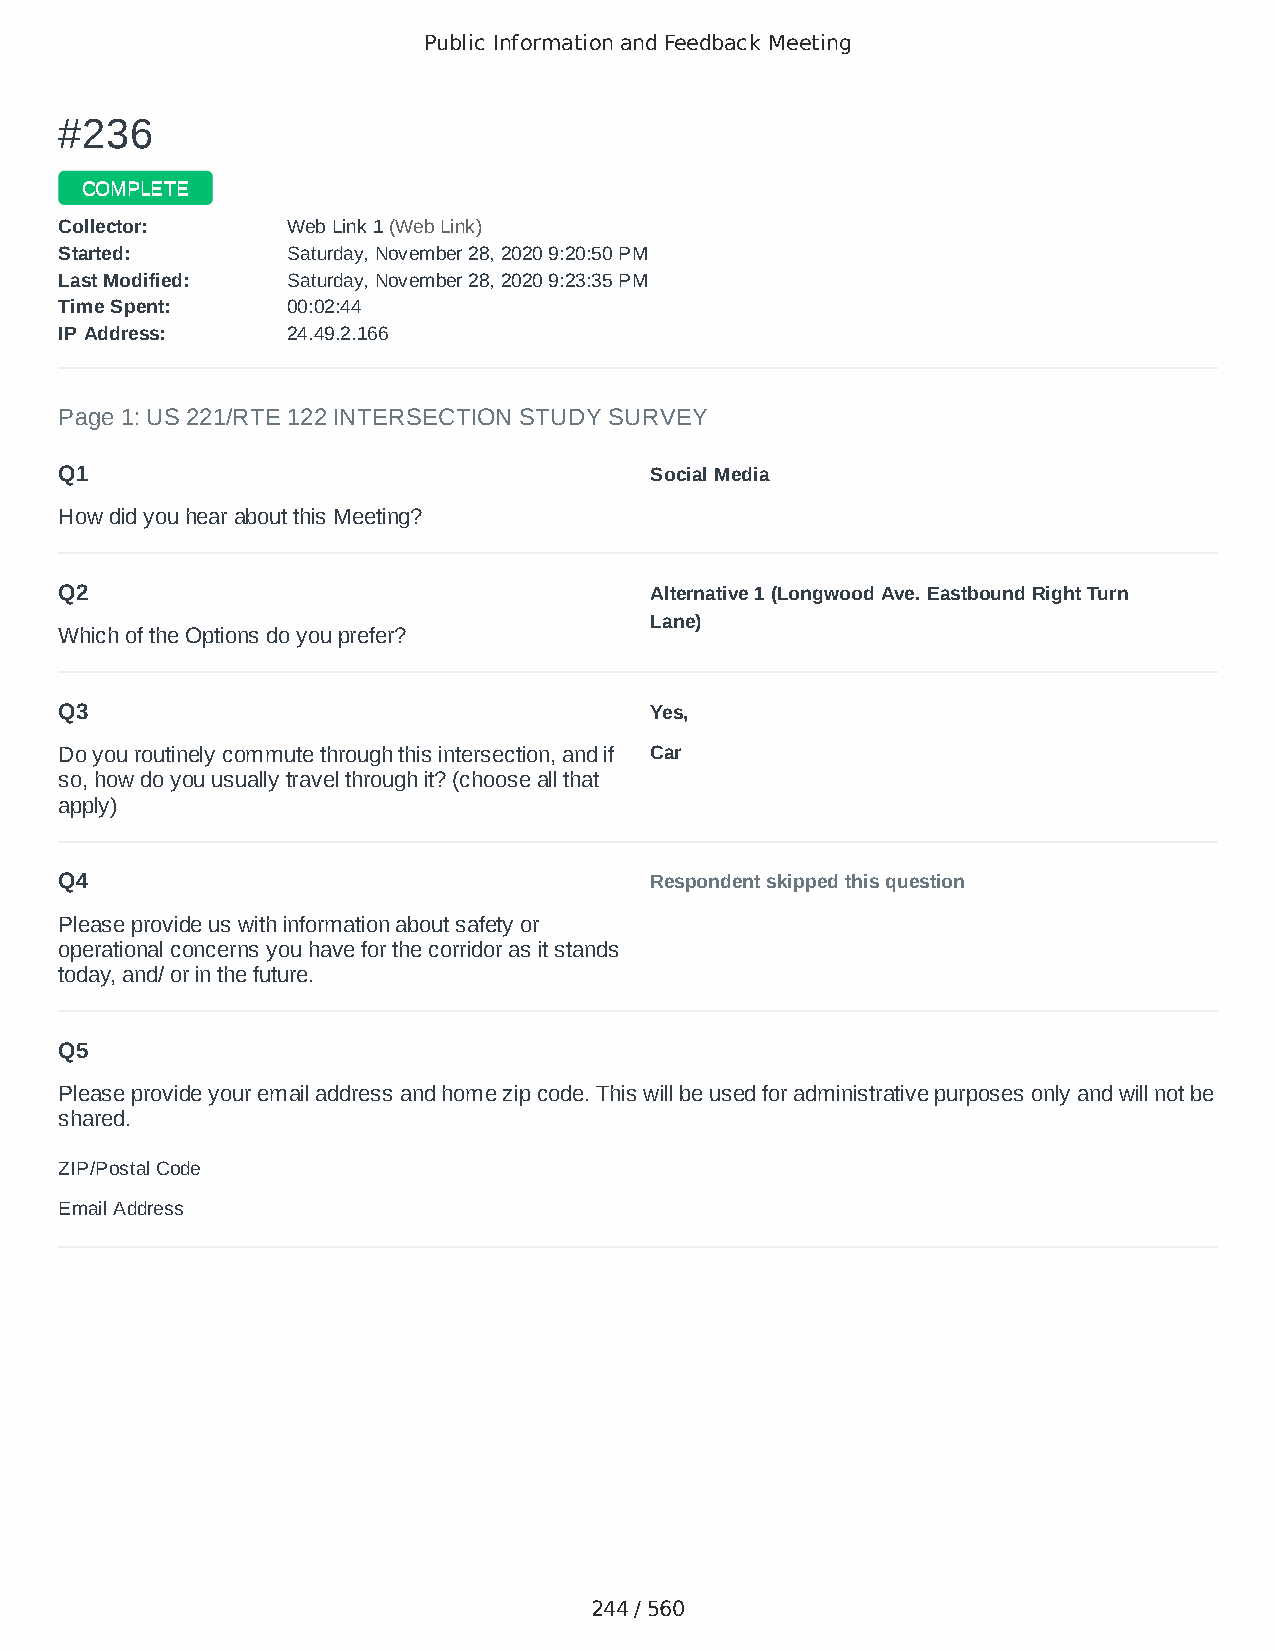
Public Information and Feedback Meeting
 ##223366
 CCOOMMPPLLEETTEE
 CCoolllleeccttoorr:: WWeebb LLiinnkk 11 ((WWeebb LLiinnkk))
 SSttaarrtteedd:: SSaattuurrddaayy,, NNoovveemmbbeerr 2288,, 22002200 99::2200::5500 PPMM
 LLaasstt MMooddiiffiieedd:: SSaattuurrddaayy,, NNoovveemmbbeerr 2288,, 22002200 99::2233::3355 PPMM
 TTiimmee SSppeenntt:: 0000::0022::4444
 IIPP AAddddrreessss:: 2244..4499..22..116666
 Page 1: US 221/RTE 122 INTERSECTION STUDY SURVEY
 Q1                                     Social Media
 How did you hear about this Meeting?
 Q2                                     Alternative 1 (Longwood Ave. Eastbound Right Turn
 Lane)
 Which of the Options do you prefer?
 Q3                                     Yes,
 Do you routinely commute through this intersection, and if Car
 so, how do you usually travel through it? (choose all that
 apply)
 Q4                                     Respondent skipped this question
 Please provide us with information about safety or
 operational concerns you have for the corridor as it stands
 today, and/ or in the future.
 Q5
 Please provide your email address and home zip code. This will be used for administrative purposes only and will not be
 shared.
 ZIP/Postal Code                        24523
 Email Address                          Jgsgal24@aol.com
 244 / 560